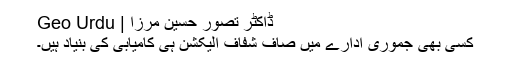
ڈاکٹر تصور حسین مرزا | Geo Urdu
کسی بھی جموری ادارے میں صاف شفاف الیکشن ہی کامیابی کی بنیاد ہیں۔